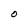
Character: O